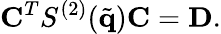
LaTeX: \mathbf{C}^{T}S^{(2)}(\tilde{\mathbf{q}})\mathbf{C}=\mathbf{D}.